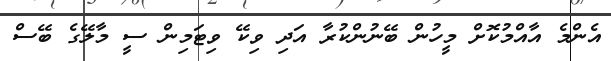
އެންމެ އާއްމުކޮށް މީހުން ބޭނުންކުރާ އަދި ވިކޭ ވިޓަމިން ސީ މާލޭގެ ބޭސް